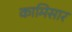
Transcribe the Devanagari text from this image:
कामिसार